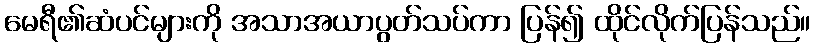
မေရီ၏ဆံပင်များကို အသာအယာပွတ်သပ်ကာ ပြန်၍ ထိုင်လိုက်ပြန်သည်။